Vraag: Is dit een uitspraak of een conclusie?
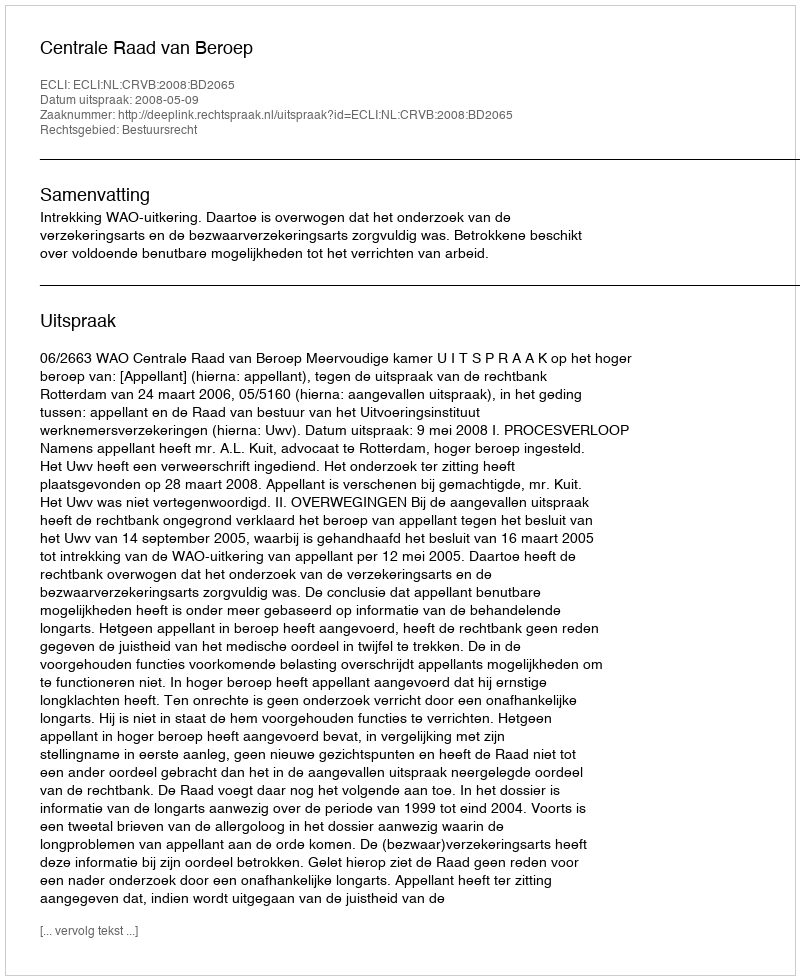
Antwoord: Uitspraak